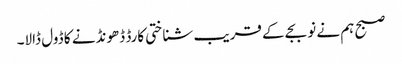
صبح ہم نے نو بجے کے قریب شناختی کارڈ ڈھونڈنے کا ڈول ڈالا۔